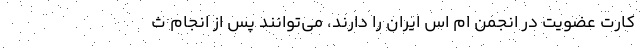
کارت عضویت در انجمن ام اس ایران را دارند، می‌توانند پس از انجام ث